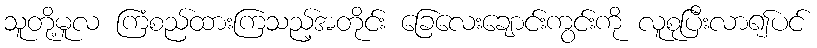
သူတို့မူလ ကြံစည်ထားကြသည့်အတိုင်း ခြေလေးချောင်းကွင်းကို လူစုပြီးလာ၍ပင်